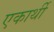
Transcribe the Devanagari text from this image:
एकार्थी